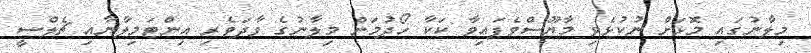
މިލާނުގައި މޮޅަށް ނުކުޅެވި މާޔޫސްވެފައިވާ ކަކާ ހޯދުމަށް މިލާނުގެ ވާދަވެރި އިންޓަމިލާނާއި ޗެލްސީ